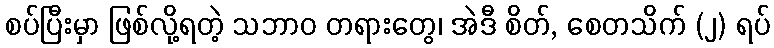
စပ်ပြီးမှာ ဖြစ်လို့ရတဲ့ သဘာဝ တရားတွေ၊ အဲဒီ စိတ်, စေတသိက် (၂) ရပ်